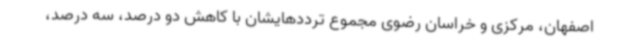
اصفهان، مرکزی و خراسان رضوی مجموع ترددهایشان با کاهش دو درصد، سه درصد،